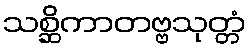
သစ္ဆိကာတဗ္ဗသုတ္တံ